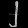
Digit: ၂